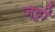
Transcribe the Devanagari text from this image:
जट्टी